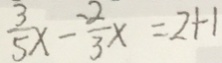
\frac { 3 } { 5 } x - \frac { - 2 } { 3 } x = 2 + 1